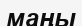
маңы